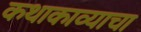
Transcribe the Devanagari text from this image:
कथाकाव्याचा